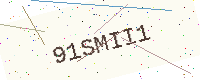
Text: 91SMII1